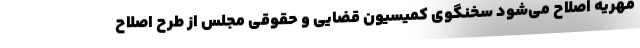
مهریه اصلاح می‌شود سخنگوی کمیسیون قضایی و حقوقی مجلس از طرح اصلاح